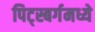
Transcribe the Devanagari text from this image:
पिट्स्बर्गमध्ये